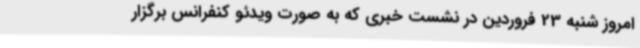
امروز شنبه 23 فروردین در نشست خبری که به صورت ویدئو کنفرانس برگزار